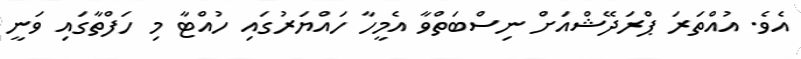
އެވެ. އުއްތަރަ ޕްރަދޭޝްއަށް ނިސްބަތްވާ އެމީހާ ހައްޔަރުގައި ހުއްޓާ މި ހަފްތާގައި ވަނީ